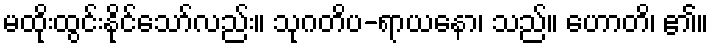
မထိုးထွင်းနိုင်သော်လည်း။ သုဂတိပ-ရာယနော၊ သည်။ ဟောတိ၊ ၏။